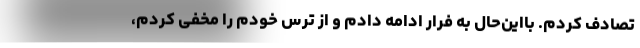
تصادف کردم. با‌این‌حال به فرار ادامه دادم و از ترس خودم را مخفی کردم،